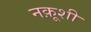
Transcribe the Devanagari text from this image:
नक़ूशी